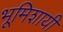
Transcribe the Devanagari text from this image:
भूमिशायी